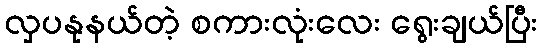
လှပနုနယ်တဲ့ စကားလုံးလေး ရွေးချယ်ပြီး